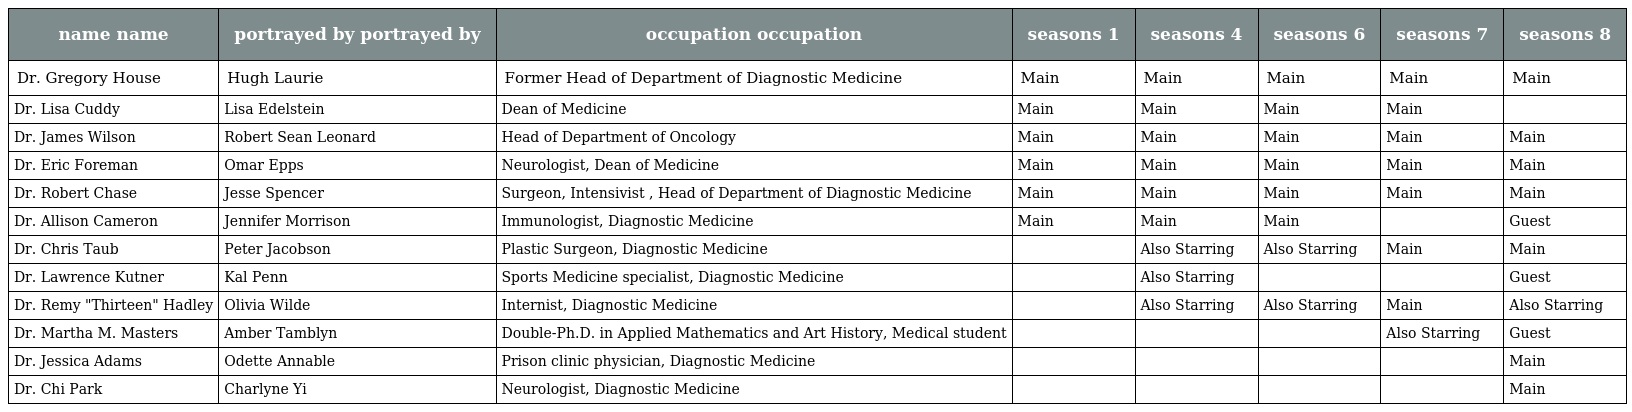
| name name | portrayed by portrayed by | occupation occupation | seasons 1 | seasons 4 | seasons 6 | seasons 7 | seasons 8 |
 | --- | --- | --- | --- | --- | --- | --- | --- |
 | Dr. Gregory House | Hugh Laurie | Former Head of Department of Diagnostic Medicine | Main | Main | Main | Main | Main |
 | Dr. Lisa Cuddy | Lisa Edelstein | Dean of Medicine | Main | Main | Main | Main |  |
 | Dr. James Wilson | Robert Sean Leonard | Head of Department of Oncology | Main | Main | Main | Main | Main |
 | Dr. Eric Foreman | Omar Epps | Neurologist, Dean of Medicine | Main | Main | Main | Main | Main |
 | Dr. Robert Chase | Jesse Spencer | Surgeon, Intensivist , Head of Department of Diagnostic Medicine | Main | Main | Main | Main | Main |
 | Dr. Allison Cameron | Jennifer Morrison | Immunologist, Diagnostic Medicine | Main | Main | Main |  | Guest |
 | Dr. Chris Taub | Peter Jacobson | Plastic Surgeon, Diagnostic Medicine |  | Also Starring | Also Starring | Main | Main |
 | Dr. Lawrence Kutner | Kal Penn | Sports Medicine specialist, Diagnostic Medicine |  | Also Starring |  |  | Guest |
 | Dr. Remy "Thirteen" Hadley | Olivia Wilde | Internist, Diagnostic Medicine |  | Also Starring | Also Starring | Main | Also Starring |
 | Dr. Martha M. Masters | Amber Tamblyn | Double-Ph.D. in Applied Mathematics and Art History, Medical student |  |  |  | Also Starring | Guest |
 | Dr. Jessica Adams | Odette Annable | Prison clinic physician, Diagnostic Medicine |  |  |  |  | Main |
 | Dr. Chi Park | Charlyne Yi | Neurologist, Diagnostic Medicine |  |  |  |  | Main |